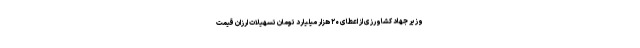
وزیر جهاد کشاورزی از اعطای ۲۰ هزار میلیارد تومان تسهیلات ارزان قیمت